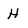
Character: H